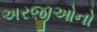
અરજીઓનો